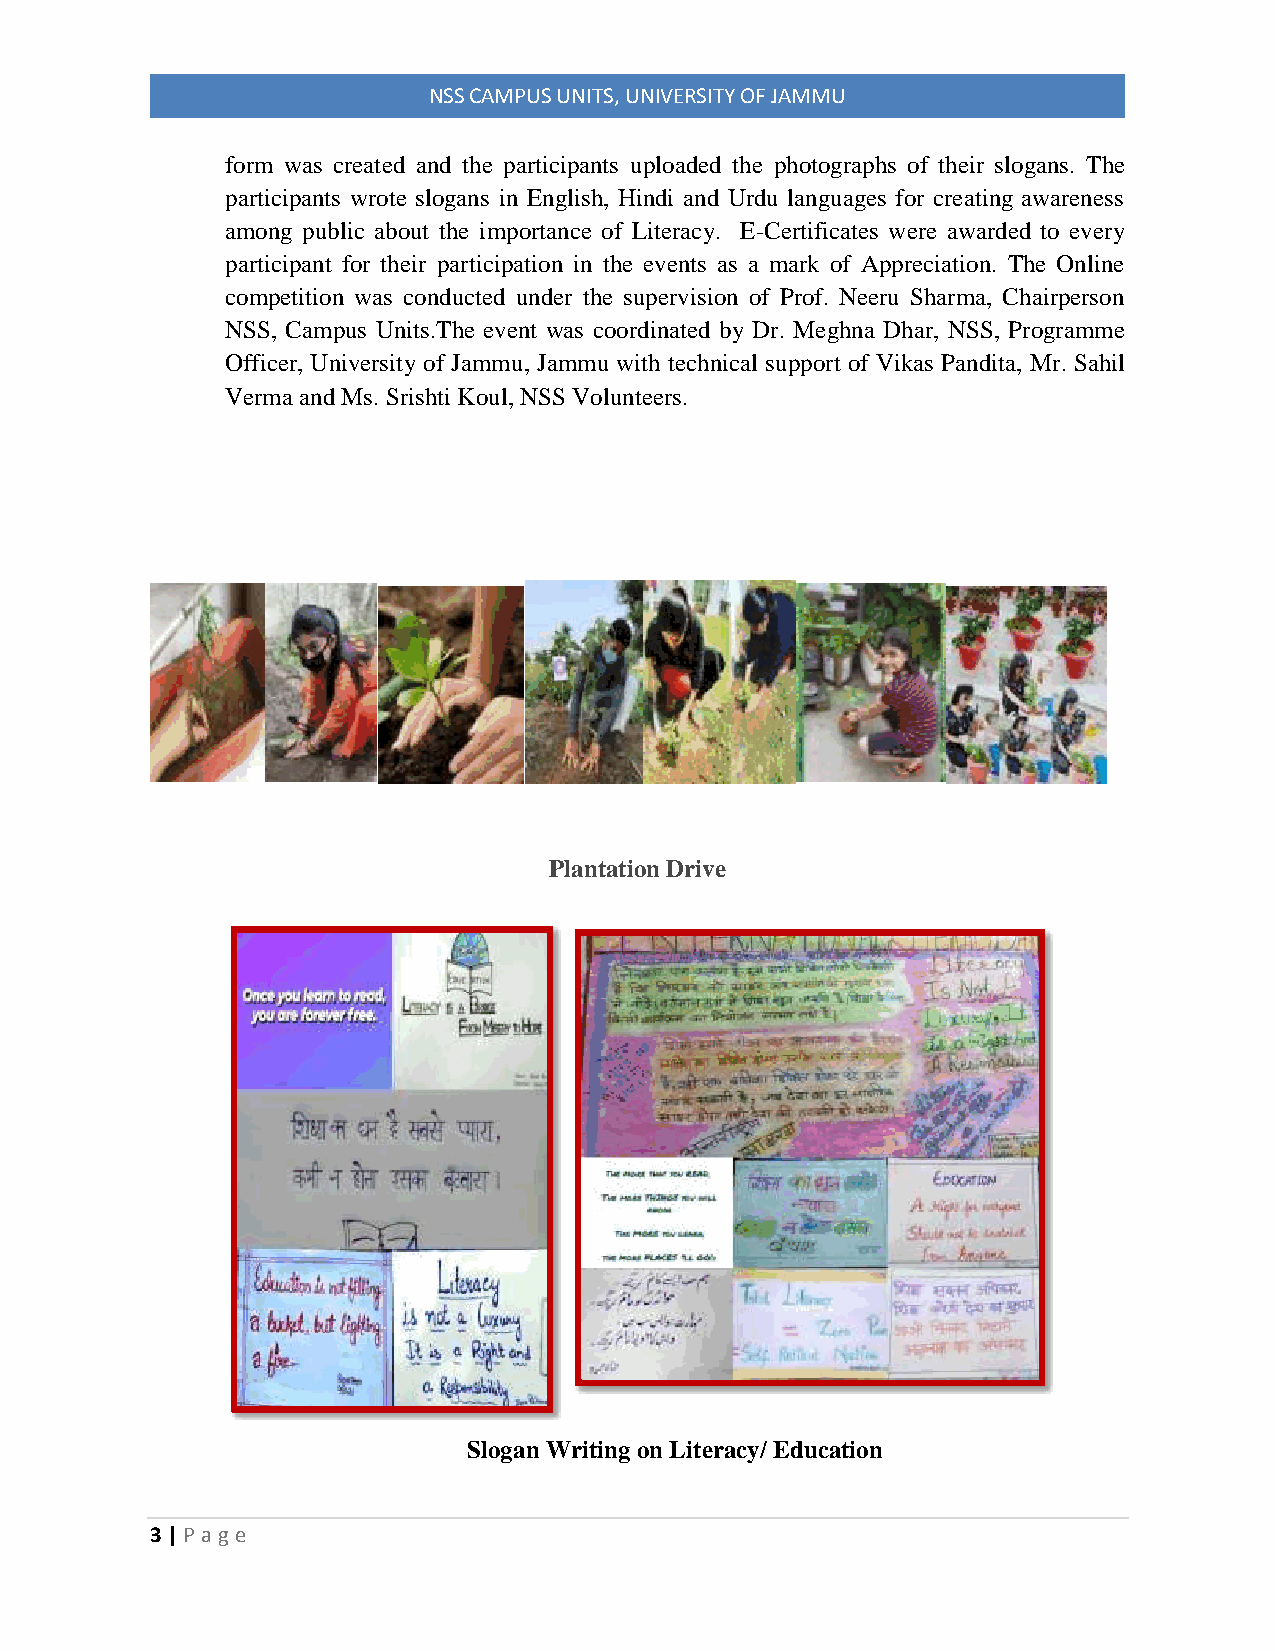
NSS CAMPUS UNITS, UNIVERSITY OF JAMMU
 form was created and the participants uploaded the photographs of their slogans. The
 participants wrote slogans in English, Hindi and Urdu languages for creating awareness
 among public about the importance of Literacy. E-Certificates were awarded to every
 participant for their participation in the events as a mark of Appreciation. The Online
 competition was conducted under the supervision of Prof. Neeru Sharma, Chairperson
 NSS, Campus Units.The event was coordinated by Dr. Meghna Dhar, NSS, Programme
 Officer, University of Jammu, Jammu with technical support of Vikas Pandita, Mr. Sahil
 Verma and Ms. Srishti Koul, NSS Volunteers.
 Plantation Drive
 Slogan Writing on Literacy/ Education
 3 | P age